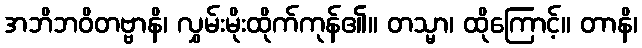
အဘိဘဝိတဗ္ဗာနိ၊ လွှမ်းမိုးထိုက်ကုန်၏။ တသ္မာ၊ ထိုကြောင့်။ တာနိ၊